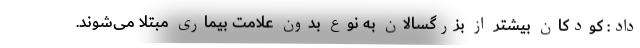
داد: کودکان بیشتر از بزرگسالان به نوع بدون علامت بیماری مبتلا می‌شوند.